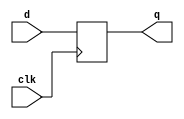
module d_ff(
    input wire clk,
    input wire d,
    output reg q
);

always @(posedge clk)
begin
    q <= d;
end

endmodule